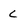
Character: c